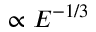
\propto E ^ { - 1 / 3 }